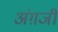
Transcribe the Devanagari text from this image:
अंग़जी